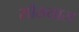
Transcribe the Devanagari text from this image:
सौख्यास